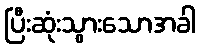
ပြီးဆုံးသွားသောအခါ